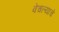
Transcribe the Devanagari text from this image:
वेचल्याचे